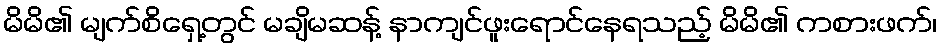
မိမိ၏ မျက်စိရှေ့တွင် မချိမဆန့် နာကျင်ဖူးရောင်နေရသည့် မိမိ၏ ကစားဖက်၊